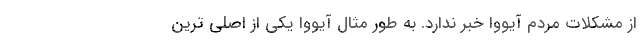
از مشکلات مردم آیووا خبر ندارد. به طور مثال آیووا یکی از اصلی ترین